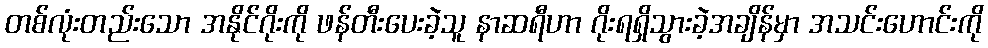
တစ်လုံးတည်းသော အနိုင်ဂိုးကို ဖန်တီးပေးခဲ့သူ နာဆရီဟာ ဂိုးရရှိသွားခဲ့အချိန်မှာ အသင်းဟောင်းကို